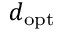
d _ { \mathrm { o p t } }